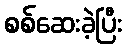
စစ်ဆေးခဲ့ပြီး